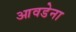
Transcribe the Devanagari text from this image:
आवडेना